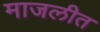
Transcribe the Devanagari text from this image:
माजलीत